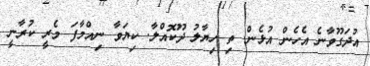
އުދަގޫވާނެ އެހެން އުޅެން. ތި ހިޔާލު ދޫކޮއްލާ. ކިޔަވާ ނިއްމާފަ މެރީ ކުރާނީ